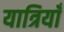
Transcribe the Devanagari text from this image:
यात्रियाँ